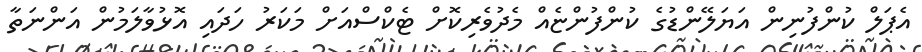
އެޕަލް ކުންފުނިން އަޔަލޭންޑުގެ ކުންފުންޏެއް މެދުވެރިކޮށް ޓެކްސްއަށް މަކަރު ހަދައި އޮޅުވާލަމުން އަންނަތާ